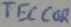
Text: TECCOR